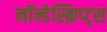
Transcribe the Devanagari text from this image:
नॉन्डेस्क्रिप्ट्स